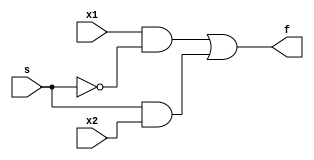


// Gate level Implementation

module twoANDNOTORGateLevel(x1,x2,s,f);

input x1,s,x2;
output f;
wire c,e,g,h;

not not1(c,s);
and and1(g,x1,c);
and and2(h,s,x2);
or or1(f,g,h);

endmodule